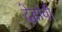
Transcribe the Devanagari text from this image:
देहांची